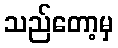
သည်တော့မှ